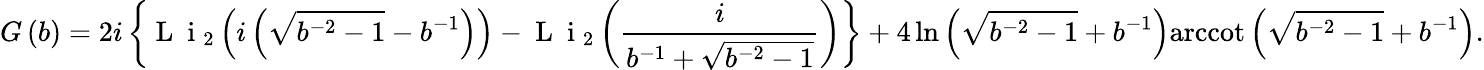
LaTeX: G\left(b\right)=2i\left\{ \mathrm{~L~}{{\mathrm{~i~}}_{2}}\left(i\left(\sqrt{{{b}^{-2}}-1}-{{b}^{-1}}\right)\right)-\mathrm{~L~}{{\mathrm{~i~}}_{2}}\left(\frac{i}{{{b}^{-1}}+\sqrt{{{b}^{-2}}-1}}\right)\right\} +4\ln\left(\sqrt{{{b}^{-2}}-1}+{{b}^{-1}}\right)\mathrm{arccot}\left(\sqrt{{{b}^{-2}}-1}+{{b}^{-1}}\right).